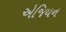
એજિયન